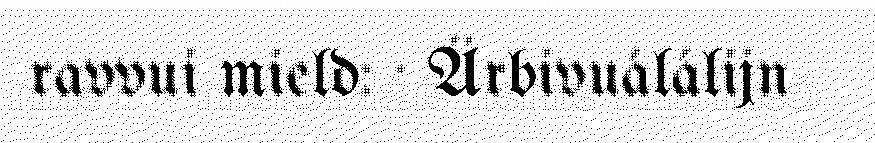
ravvui mield: · Ärbivuálálijn